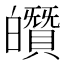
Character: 𤾶